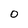
Character: O